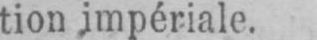
tion impériale.